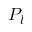
P _ { l }